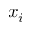
x _ { i }